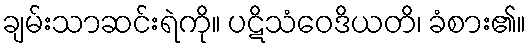
ချမ်းသာဆင်းရဲကို။ ပဋိသံဝေဒိယတိ၊ ခံစား၏။